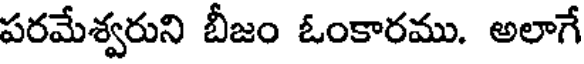
పరమేశ్వరుని బీజం ఓంకారము. అలాగే